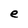
Character: e